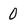
Character: 0